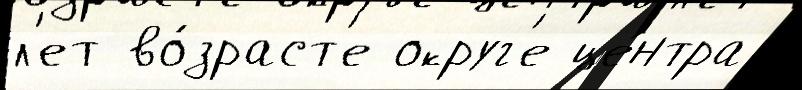
л'ет во́зраст'е округ'е це́нтра